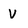
Character: V